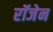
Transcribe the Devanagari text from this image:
रॉजेन